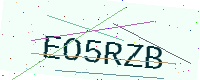
Text: EO5RZB